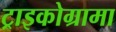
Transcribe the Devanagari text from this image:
ट्राइकोग्रामा